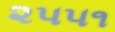
૨૫૫૧